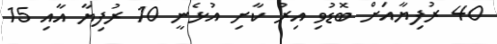
40 ރުފިޔާއަށް ބޮޑުވި އިރު ކާށި އުޅެނީ 10 ރުފިޔާ އާއި 15